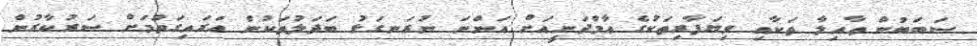
ސަބަބުން ޢާއިލާ ތަކާއި ވިޔަފާރިތަކުގެ ޢާމްދަނީއަށް އަންނަ ނުރަނގަޅު ބަދަލުތަކުން އަރައިގަތުމަށް ސަރުކާރުން